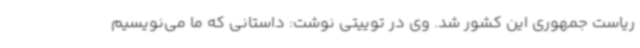
ریاست جمهوری این کشور شد. وی در توییتی نوشت: داستانی که ما می‌نویسیم